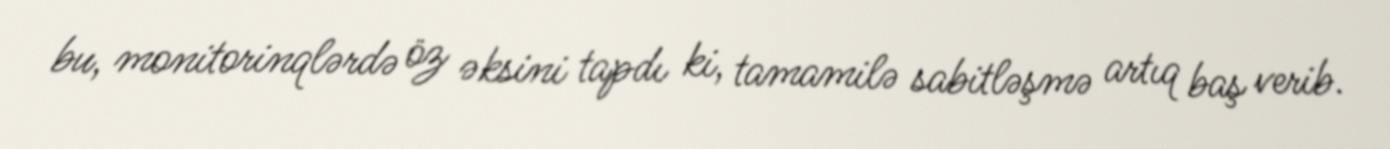
bu, monitorinqlərdə öz əksini tapdı ki, tamamilə sabitləşmə artıq baş verib.